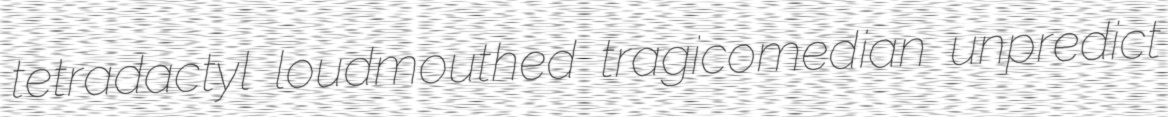
tetradactyl loudmouthed tragicomedian unpredict